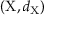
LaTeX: ( \mathrm { X } , d _ { \mathrm { X } } )